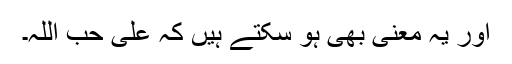
اور یہ معنی بھی ہو سکتے ہیں کہ عَلیٰ حُبِّ اللّٰہِ۔